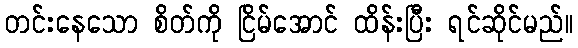
တင်းနေသော စိတ်ကို ငြိမ်အောင် ထိန်းပြီး ရင်ဆိုင်မည်။